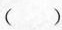
( )